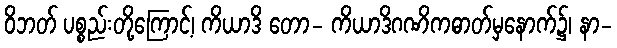
ဝိဘတ် ပစ္စည်းတို့ကြောင့်၊ ကိယာဒိ တော- ကိယာဒိဂဏိကဓာတ်မှနောက်၌၊ နာ-